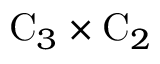
\mathrm { C } _ { 3 } \times \mathrm { C } _ { 2 }